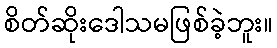
စိတ်ဆိုးဒေါသမဖြစ်ခဲ့ဘူး။